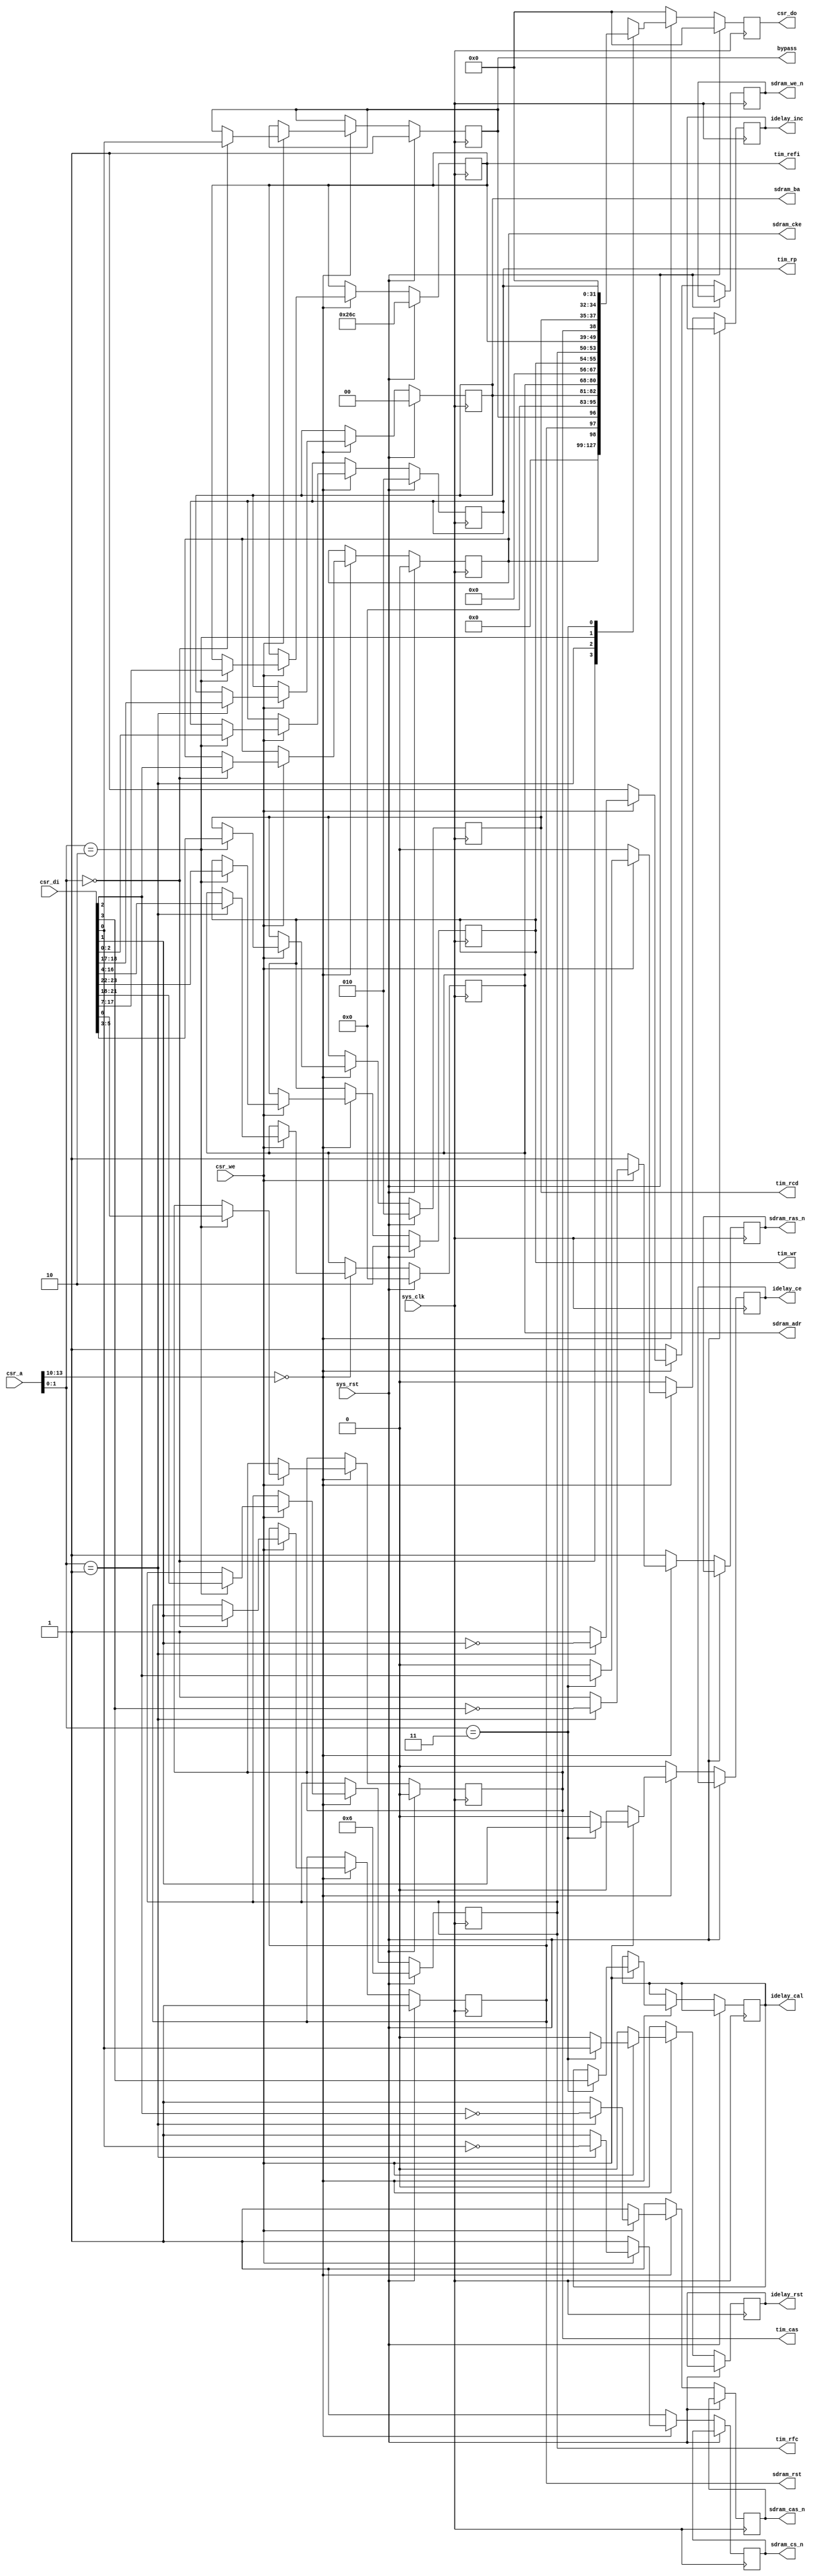
/*
 * Milkymist SoC
 * Copyright (C) 2007, 2008, 2009 Sebastien Bourdeauducq
 *
 * This program is free software: you can redistribute it and/or modify
 * it under the terms of the GNU General Public License as published by
 * the Free Software Foundation, version 3 of the License.
 *
 * This program is distributed in the hope that it will be useful,
 * but WITHOUT ANY WARRANTY; without even the implied warranty of
 * MERCHANTABILITY or FITNESS FOR A PARTICULAR PURPOSE.  See the
 * GNU General Public License for more details.
 *
 * You should have received a copy of the GNU General Public License
 * along with this program.  If not, see <http://www.gnu.org/licenses/>.
 */

module hpdmc_ctlif #(
	parameter csr_addr = 4'h0
) (
	input sys_clk,
	input sys_rst,
	
	input [13:0] csr_a,
	input csr_we,
	input [31:0] csr_di,
	output reg [31:0] csr_do,
	
	output reg bypass,
	output reg sdram_rst,
	
	output reg sdram_cke,
	output reg sdram_cs_n,
	output reg sdram_we_n,
	output reg sdram_cas_n,
	output reg sdram_ras_n,
	output reg [12:0] sdram_adr,
	output reg [1:0] sdram_ba,
	
	/* Clocks we must wait following a PRECHARGE command (usually tRP). */
	output reg [2:0] tim_rp,
	/* Clocks we must wait following an ACTIVATE command (usually tRCD). */
	output reg [2:0] tim_rcd,
	/* CAS latency, 0 = 2 */
	output reg tim_cas,
	/* Auto-refresh period (usually tREFI). */
	output reg [10:0] tim_refi,
	/* Clocks we must wait following an AUTO REFRESH command (usually tRFC). */
	output reg [3:0] tim_rfc,
	/* Clocks we must wait following the last word written to the SDRAM (usually tWR). */
	output reg [1:0] tim_wr,
	
	output reg idelay_rst,
	output reg idelay_ce,
	output reg idelay_inc,
	output reg idelay_cal
);

wire csr_selected = csr_a[13:10] == csr_addr;

always @(posedge sys_clk) begin
	if(sys_rst) begin
		csr_do <= 32'd0;
	
		bypass <= 1'b1;
		sdram_rst <= 1'b1;
		
		sdram_cke <= 1'b0;
		sdram_adr <= 13'd0;
		sdram_ba <= 2'd0;
		
		tim_rp <= 3'd2;
		tim_rcd <= 3'd2;
		tim_cas <= 1'b0;
		tim_refi <= 11'd620;
		tim_rfc <= 4'd6;
		tim_wr <= 2'd2;
	end else begin
		sdram_cs_n <= 1'b1;
		sdram_we_n <= 1'b1;
		sdram_cas_n <= 1'b1;
		sdram_ras_n <= 1'b1;
		
		idelay_rst <= 1'b0;
		idelay_ce <= 1'b0;
		idelay_inc <= 1'b0;
		
		csr_do <= 32'd0;
		if(csr_selected) begin
			if(csr_we) begin
				case(csr_a[1:0])
					2'b00: begin
						bypass <= csr_di[0];
						sdram_rst <= csr_di[1];
						sdram_cke <= csr_di[2];
					end
					2'b01: begin
						sdram_cs_n <= ~csr_di[0];
						sdram_we_n <= ~csr_di[1];
						sdram_cas_n <= ~csr_di[2];
						sdram_ras_n <= ~csr_di[3];
						sdram_adr <= csr_di[16:4];
						sdram_ba <= csr_di[18:17];
					end
					2'b10: begin
						tim_rp <= csr_di[2:0];
						tim_rcd <= csr_di[5:3];
						tim_cas <= csr_di[6];
						tim_refi <= csr_di[17:7];
						tim_rfc <= csr_di[21:18];
						tim_wr <= csr_di[23:22];
					end
					2'b11: begin
						idelay_rst <= csr_di[0];
						idelay_ce <= csr_di[1];
						idelay_inc <= csr_di[2];
						idelay_cal <= csr_di[3];
					end
				endcase
			end
			case(csr_a[1:0])
				2'b00: csr_do <= {sdram_cke, sdram_rst, bypass};
				2'b01: csr_do <= {sdram_ba, sdram_adr, 4'h0};
				2'b10: csr_do <= {tim_wr, tim_rfc, tim_refi, tim_cas, tim_rcd, tim_rp};
				2'b11: csr_do <= 4'd0;
			endcase
		end
	end
end

endmodule